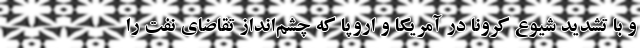
و با تشدید شیوع کرونا در آمریکا و اروپا که چشم‌انداز تقاضای نفت را